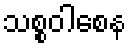
သစ္စဝါစေန